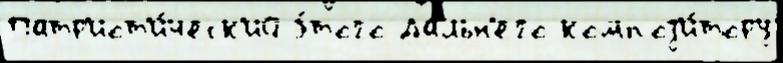
Патр'иот'и́ческ'ий э́того Да́льн'его композ'и́тору